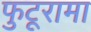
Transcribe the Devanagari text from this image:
फुटूरामा